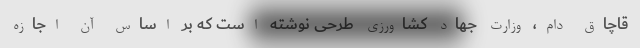
قاچاق دام، وزارت جهاد کشاورزی طرحی نوشته است که بر اساس آن اجازه